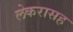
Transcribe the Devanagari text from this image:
लेकरासह